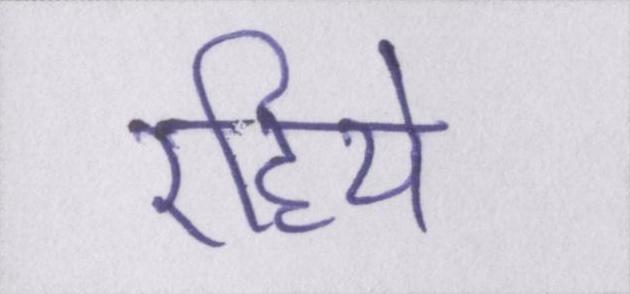
रहिये